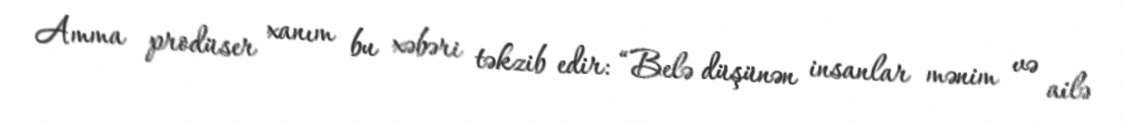
Amma prodüser xanım bu xəbəri təkzib edir: “Belə düşünən insanlar mənim və ailə